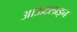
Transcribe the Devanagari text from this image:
आऊटलाइन